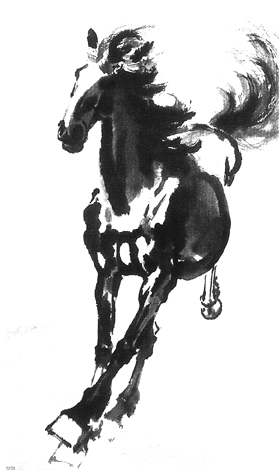
悲歌可以当泣，远望可以当归。